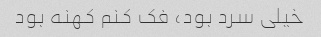
خیلی سرد بود، فک کنم کهنه بود